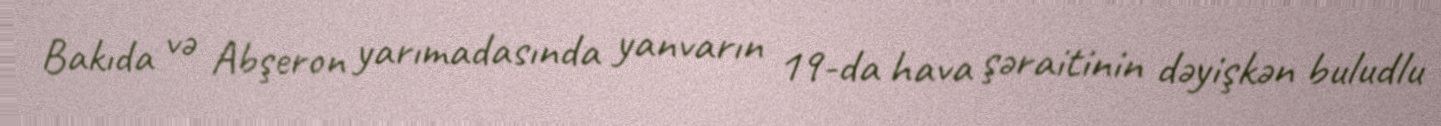
Bakıda və Abşeron yarımadasında yanvarın 19-da hava şəraitinin dəyişkən buludlu